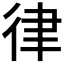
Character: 律